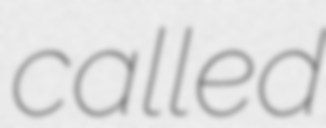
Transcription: called